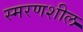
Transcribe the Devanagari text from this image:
स्मरणशील